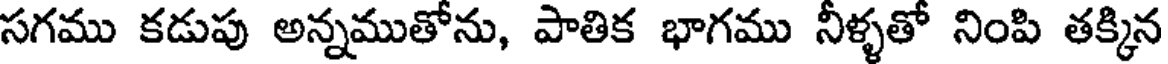
సగము కడుపు అన్నముతోను, పాతిక భాగము నీళ్ళతో నింపి తక్కిన